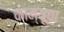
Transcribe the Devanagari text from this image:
काम्यूचा